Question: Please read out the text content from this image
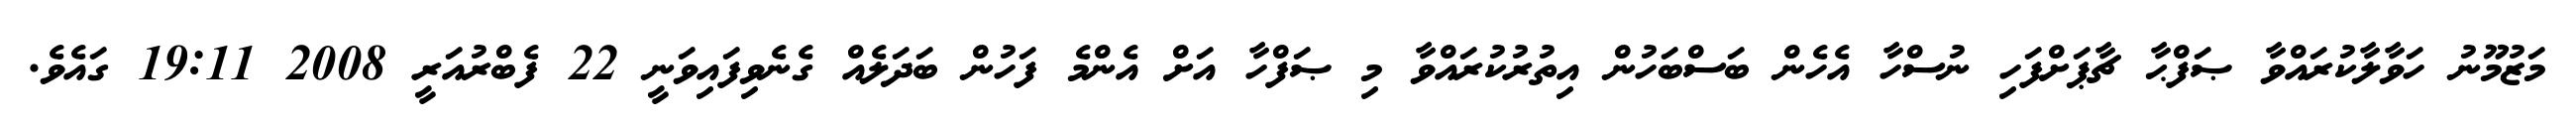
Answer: މަޒުމޫނު ހަވާލާކުރައްވާ ޞަފްޙާ ޗާޕަށްފަހި ނުސްހާ އެހެން ބަސްބަހުން އިތުރުކުރައްވާ މި ޞަފްހާ އަށް އެންމެ ފަހުން ބަދަލެއް ގެނެވިފައިވަނީ 22 ފެބްރުއަރީ 2008 19:11 ގައެވެ.